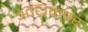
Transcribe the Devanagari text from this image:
अधिकपर